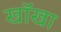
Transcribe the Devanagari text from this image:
खॉखा